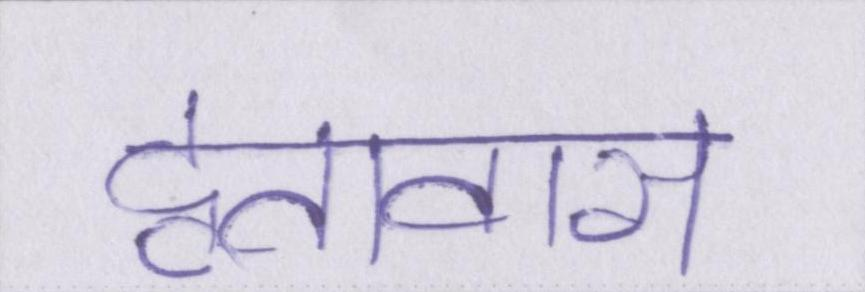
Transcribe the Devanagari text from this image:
दूतावास